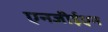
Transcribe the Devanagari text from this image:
एनजीईएन